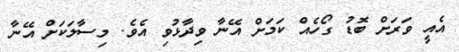
އެއީ ވަރަށް ބޮޑު ގޯހެއް ކަމަށް އޭނާ ވިދާޅުވި އެވެ. މިސާލަކަށް އޭނާ